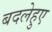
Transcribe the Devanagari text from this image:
बदलेहुए